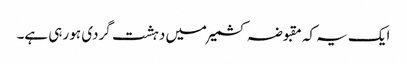
ایک یہ کہ مقبوضہ کشمیر میں دہشت گردی ہو رہی ہے۔